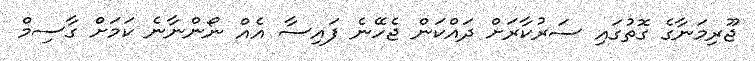
ޖޫރިމަނާގެ ގޮތުގައި ސަރުކާރަށް ދައްކަން ޖެހޭނެ ފައިސާ އެއް ނޯންނާނެ ކަމަށް ގާސިމް